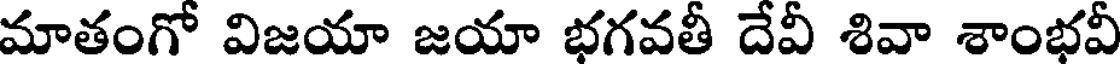
మాతంగో విజయా జయా భగవతీ దేవీ శివా శాంభవీ